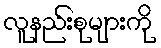
လူနည်းစုများကို